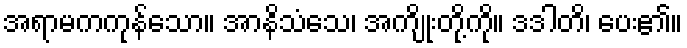
အရာမကကုန်သော။ အာနိသံသေ၊ အကျိုးတို့ကို။ ဒဒါတိ၊ ပေး၏။